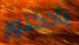
يادكتور